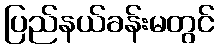
ပြည်နယ်ခန်းမတွင်